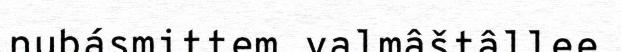
nubásmittem valmâštâllee